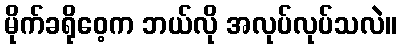
မိုက်ခရိုဝေ့က ဘယ်လို အလုပ်လုပ်သလဲ။